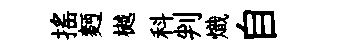
搖麪樾科判熾自